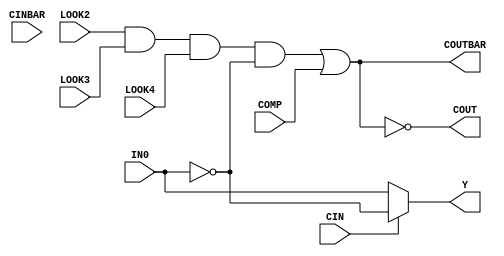
//------------------------------------------------------
// Copyright 1992, 1993 Cascade Design Automation Corporation.
//------------------------------------------------------
module dpcompllook(CIN,CINBAR,COMP,IN0,LOOK2,LOOK3,LOOK4,COUT,COUTBAR,Y);
  parameter BIT = 0;
  parameter COLINST = "0";
  parameter GROUP = "dpath1";
  parameter
        d_CIN_r = 0,
        d_CIN_f = 0,
        d_CINBAR_r = 0,
        d_CINBAR_f = 0,
        d_COMP_r = 0,
        d_COMP_f = 0,
        d_IN0_r = 0,
        d_IN0_f = 0,
        d_LOOK2_r = 0,
        d_LOOK2_f = 0,
        d_LOOK3_r = 0,
        d_LOOK3_f = 0,
        d_LOOK4_r = 0,
        d_LOOK4_f = 0,
        d_COUT_r = 1,
        d_COUT_f = 1,
        d_COUTBAR_r = 1,
        d_COUTBAR_f = 1,
        d_Y_r = 1,
        d_Y_f = 1;
  input  CIN;
  input  CINBAR;
  input  COMP;
  input  IN0;
  input  LOOK2;
  input  LOOK3;
  input  LOOK4;
  output  COUT;
  output  COUTBAR;
  output  Y;
  wire  CIN_temp;
  wire  CINBAR_temp;
  wire  COMP_temp;
  wire  IN0_temp;
  wire  LOOK2_temp;
  wire  LOOK3_temp;
  wire  LOOK4_temp;
  reg  COUT_temp;
  reg  COUTBAR_temp;
  reg  Y_temp;
  reg  temp;
  assign #(d_CIN_r,d_CIN_f) CIN_temp = CIN;
  assign #(d_CINBAR_r,d_CINBAR_f) CINBAR_temp = CINBAR;
  assign #(d_COMP_r,d_COMP_f) COMP_temp = COMP;
  assign #(d_IN0_r,d_IN0_f) IN0_temp = IN0;
  assign #(d_LOOK2_r,d_LOOK2_f) LOOK2_temp = LOOK2;
  assign #(d_LOOK3_r,d_LOOK3_f) LOOK3_temp = LOOK3;
  assign #(d_LOOK4_r,d_LOOK4_f) LOOK4_temp = LOOK4;
  assign #(d_COUT_r,d_COUT_f) COUT = COUT_temp;
  assign #(d_COUTBAR_r,d_COUTBAR_f) COUTBAR = COUTBAR_temp;
  assign #(d_Y_r,d_Y_f) Y = Y_temp;
  always
    @(CIN_temp or CINBAR_temp or COMP_temp or IN0_temp or LOOK2_temp or LOOK3_temp or LOOK4_temp)
      begin
      if((CIN_temp == 1'b0))
        Y_temp = IN0_temp;
      else      if((CIN_temp == 1'b1))
        Y_temp = ( ~ IN0_temp);
      else
        Y_temp = 128'bx;
      temp = ( ~ ((((LOOK2_temp & LOOK3_temp) & LOOK4_temp) & ( ~ IN0_temp)) | COMP_temp));
      COUT_temp = temp;
      COUTBAR_temp = ( ~ temp);
      end
endmodule